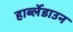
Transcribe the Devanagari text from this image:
हार्ब्लेडाउन